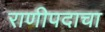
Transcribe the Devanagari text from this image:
राणीपदाचा